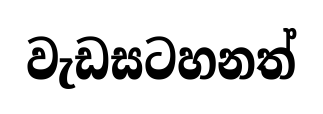
වැඩසටහනත්